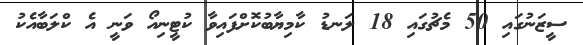
ސީޒަނުގައި 50 މެޗުގައި 18 ލަނޑު ކާމިޔާބުކޮށްފައިވާ ކުޓީނިއޯ ވަނީ އެ ކްލަބާއެކު